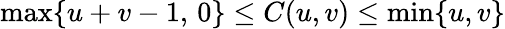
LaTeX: \operatorname*{max}\{ u+v-1,\, 0\} \leq C(u,v)\leq\operatorname*{min}\{ u,v\}